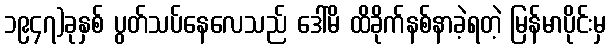
၁၉၄၇)ခုနှစ် ပွတ်သပ်နေလေသည် ဒေါ်မိ ထိခိုက်နစ်နာခဲ့ရတဲ့ မြန်မာပိုင်းမှ